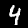
Digit: 4